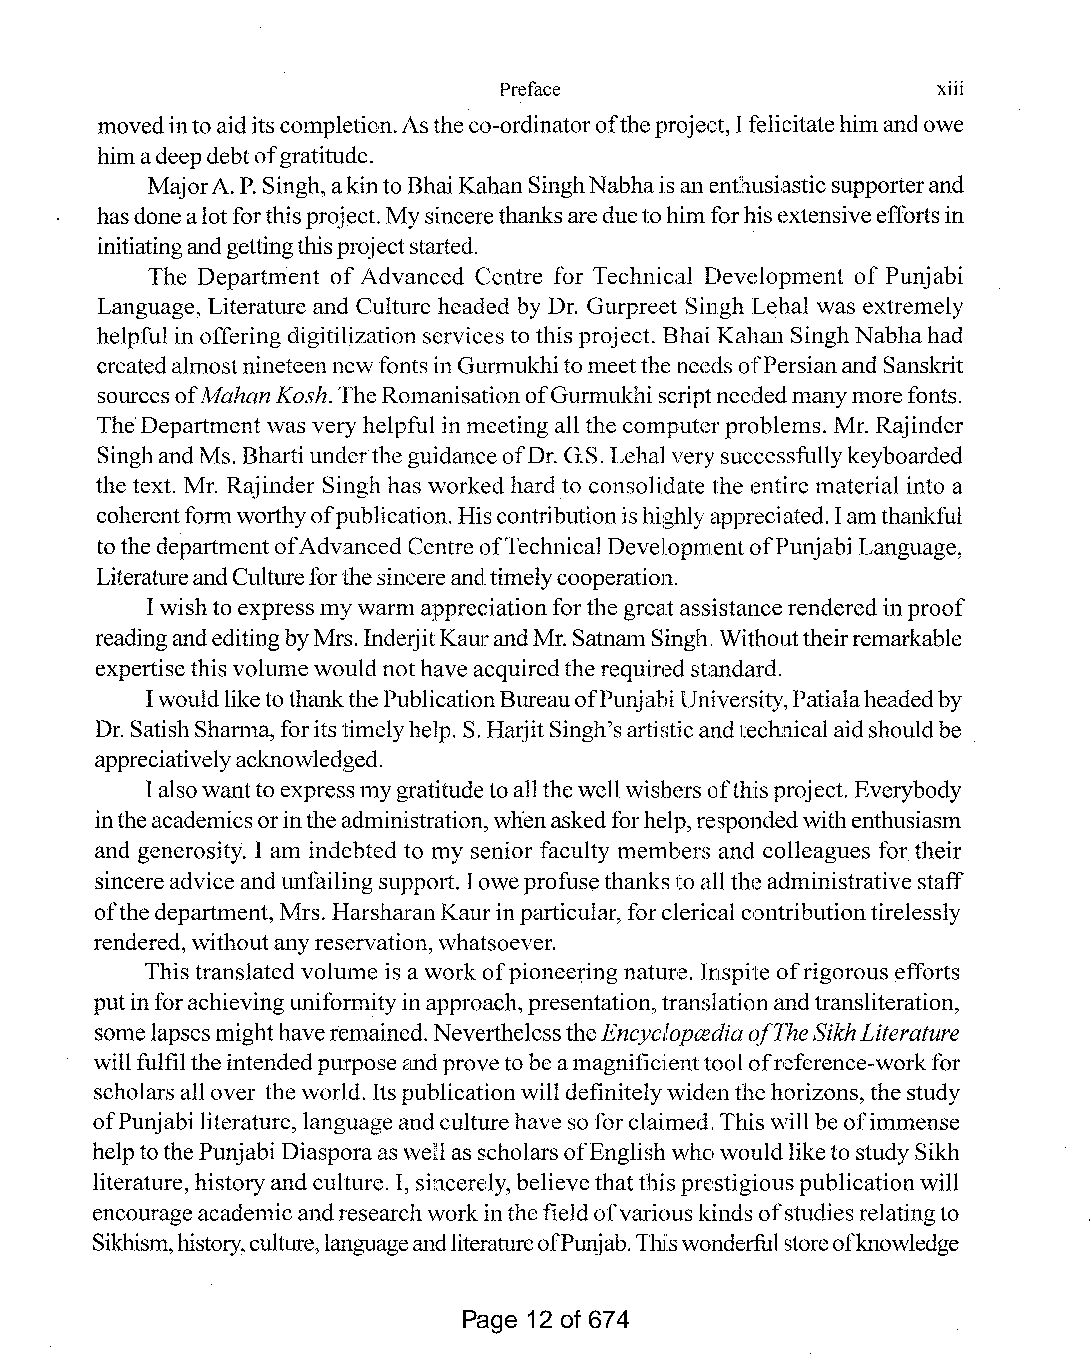
Preface                      xiii
 movedintoaiditscompletion.Astheco-ordinatoroftheproject,Ifelicitatehimandowe
 himadeepdebtofgratitude.
 MajorA. P. Singh,akinto BhaiKahanSinghNabhaisanenthusiasticsupporterand
 hasdonealotforthisproject.Mysincerethanksareduetohimforhisextensiveeffortsin
 initiatingandgettingthisprojectstarted.
 The Department ofAdvanced Centre for Technical Development of Punjabi
 Language, Literature and Culture headed by Dr. Gurpreet Singh Lehal was extremely
 helpful in offering digitilization services to this project. Bhai Kahan SinghNabhahad
 createdalmostnineteennewfonts inGurmukhito meettheneedsofPersianand Sanskrit
 sourcesofMahan Kosh. TheRomanisationofGurmukhi scriptneededmanymorefonts.
 The Departmentwas very helpful inmeeting all the computerproblems. Mr. Rajinder
 SinghandMs. Bhartiunderthe guidanceofDr. G.S. Lehalverysuccessfullykeyboarded
 the text. Mr. Rajinder Singh has worked hard to consolidate the entire material into a
 coherentformworthyofpublication.Hiscontributionishighlyappreciated.Iamthankful
 to thedepartmentofAdvancedCentreofTechnical DevelopmentofPunjabi Language,
 LiteratureandCultureforthesincereandtimelycooperation.
 Iwishto expressmywarmappreciationforthe greatassistancerendered inproof
 readingandeditingbyMrs. InderjitKaurandMr. SatnamSingh.. Withouttheirremarkable
 expertisethis volume wouldnothave acquiredtherequired standard.
 IwouldliketothankthePublicationBureauofPunjabiUniversity,Patialaheadedby
 Dr. SatishSharma,foritstimelyhelp. S. HarjitSingh'sartisticandtechnicalaidshouldbe
 appreciativelyacknowledged.
 Ialsowanttoexpressmygratitudetoallthewellwishersofthisproject. Everybody
 intheacademicsorintheadministration,whenaskedforhelp,respondedwithenthusiasm
 and generosity. I am indebted to my senior faculty members and colleagues for their
 sincereadvice andunfailingsupport. loweprofusethanks toalltheadministrativestaff
 ofthedepartment, Mrs. HarsharanKaurinparticular, forclerical contributiontirelessly
 rendered, withoutanyreservation,whatsoever.
 Thistranslated volume is a work ofpioneering nature. Inspite ofrigorous efforts
 putinforachievinguniformityinapproach,presentation,translationandtransliteration,
 somelapsesmighthaveremained. NeverthelesstheEncyclopa~diaofTheSikhLiterature
 willfulfiltheintendedpurposecmdprovetobeamagnificienttoolofreference-workfor
 scholars all over theworld. Itspublicationwill definitelywidenthehorizons, thestudy
 ofPunjabi literature, languageandculturehaveso forclaimed.. Thiswill beofimmense
 helptothePunjabi Diasporaaswell asscholarsofEnglishwho wouldliketo studySikh
 literature,historyandculture. I, sincerely,believethatthisprestigiouspublicationwill
 encourageacademicandresearchworkinthefield ofvarious kindsofstudiesrelatingto
 Sikhism,history,culture,languageandliteratureofPunjab.Thiswonderfulstoreofknowledge
 Page 12 of 674